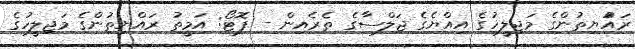
ރައްުޔިތުންގެ މަޖިލީހުގެ އިއްޔެގެ ޖަލްސާގެ ތެރެއިން - ފޮޓޯ: އަމީތު ރައްޔިތުންގެ މަޖިލީހުގެ